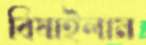
বিষাইলাম